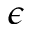
\epsilon